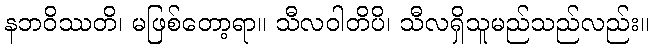
နဘဝိဿတိ၊ မဖြစ်တော့ရာ။ သီလဝါတိပိ၊ သီလရှိသူမည်သည်လည်း။